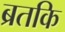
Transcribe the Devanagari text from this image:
ब्रतकि